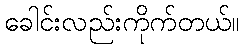
ခေါင်းလည်းကိုက်တယ်။